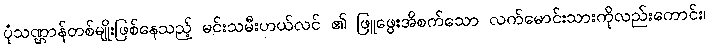
ပုံသဏ္ဌာန်တစ်မျိုးဖြစ်နေသည့် မင်းသမီးဟယ်လင် ၏ ဖြူဖွေးအိစက်သော လက်မောင်းသားကိုလည်းကောင်း၊